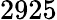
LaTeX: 2925